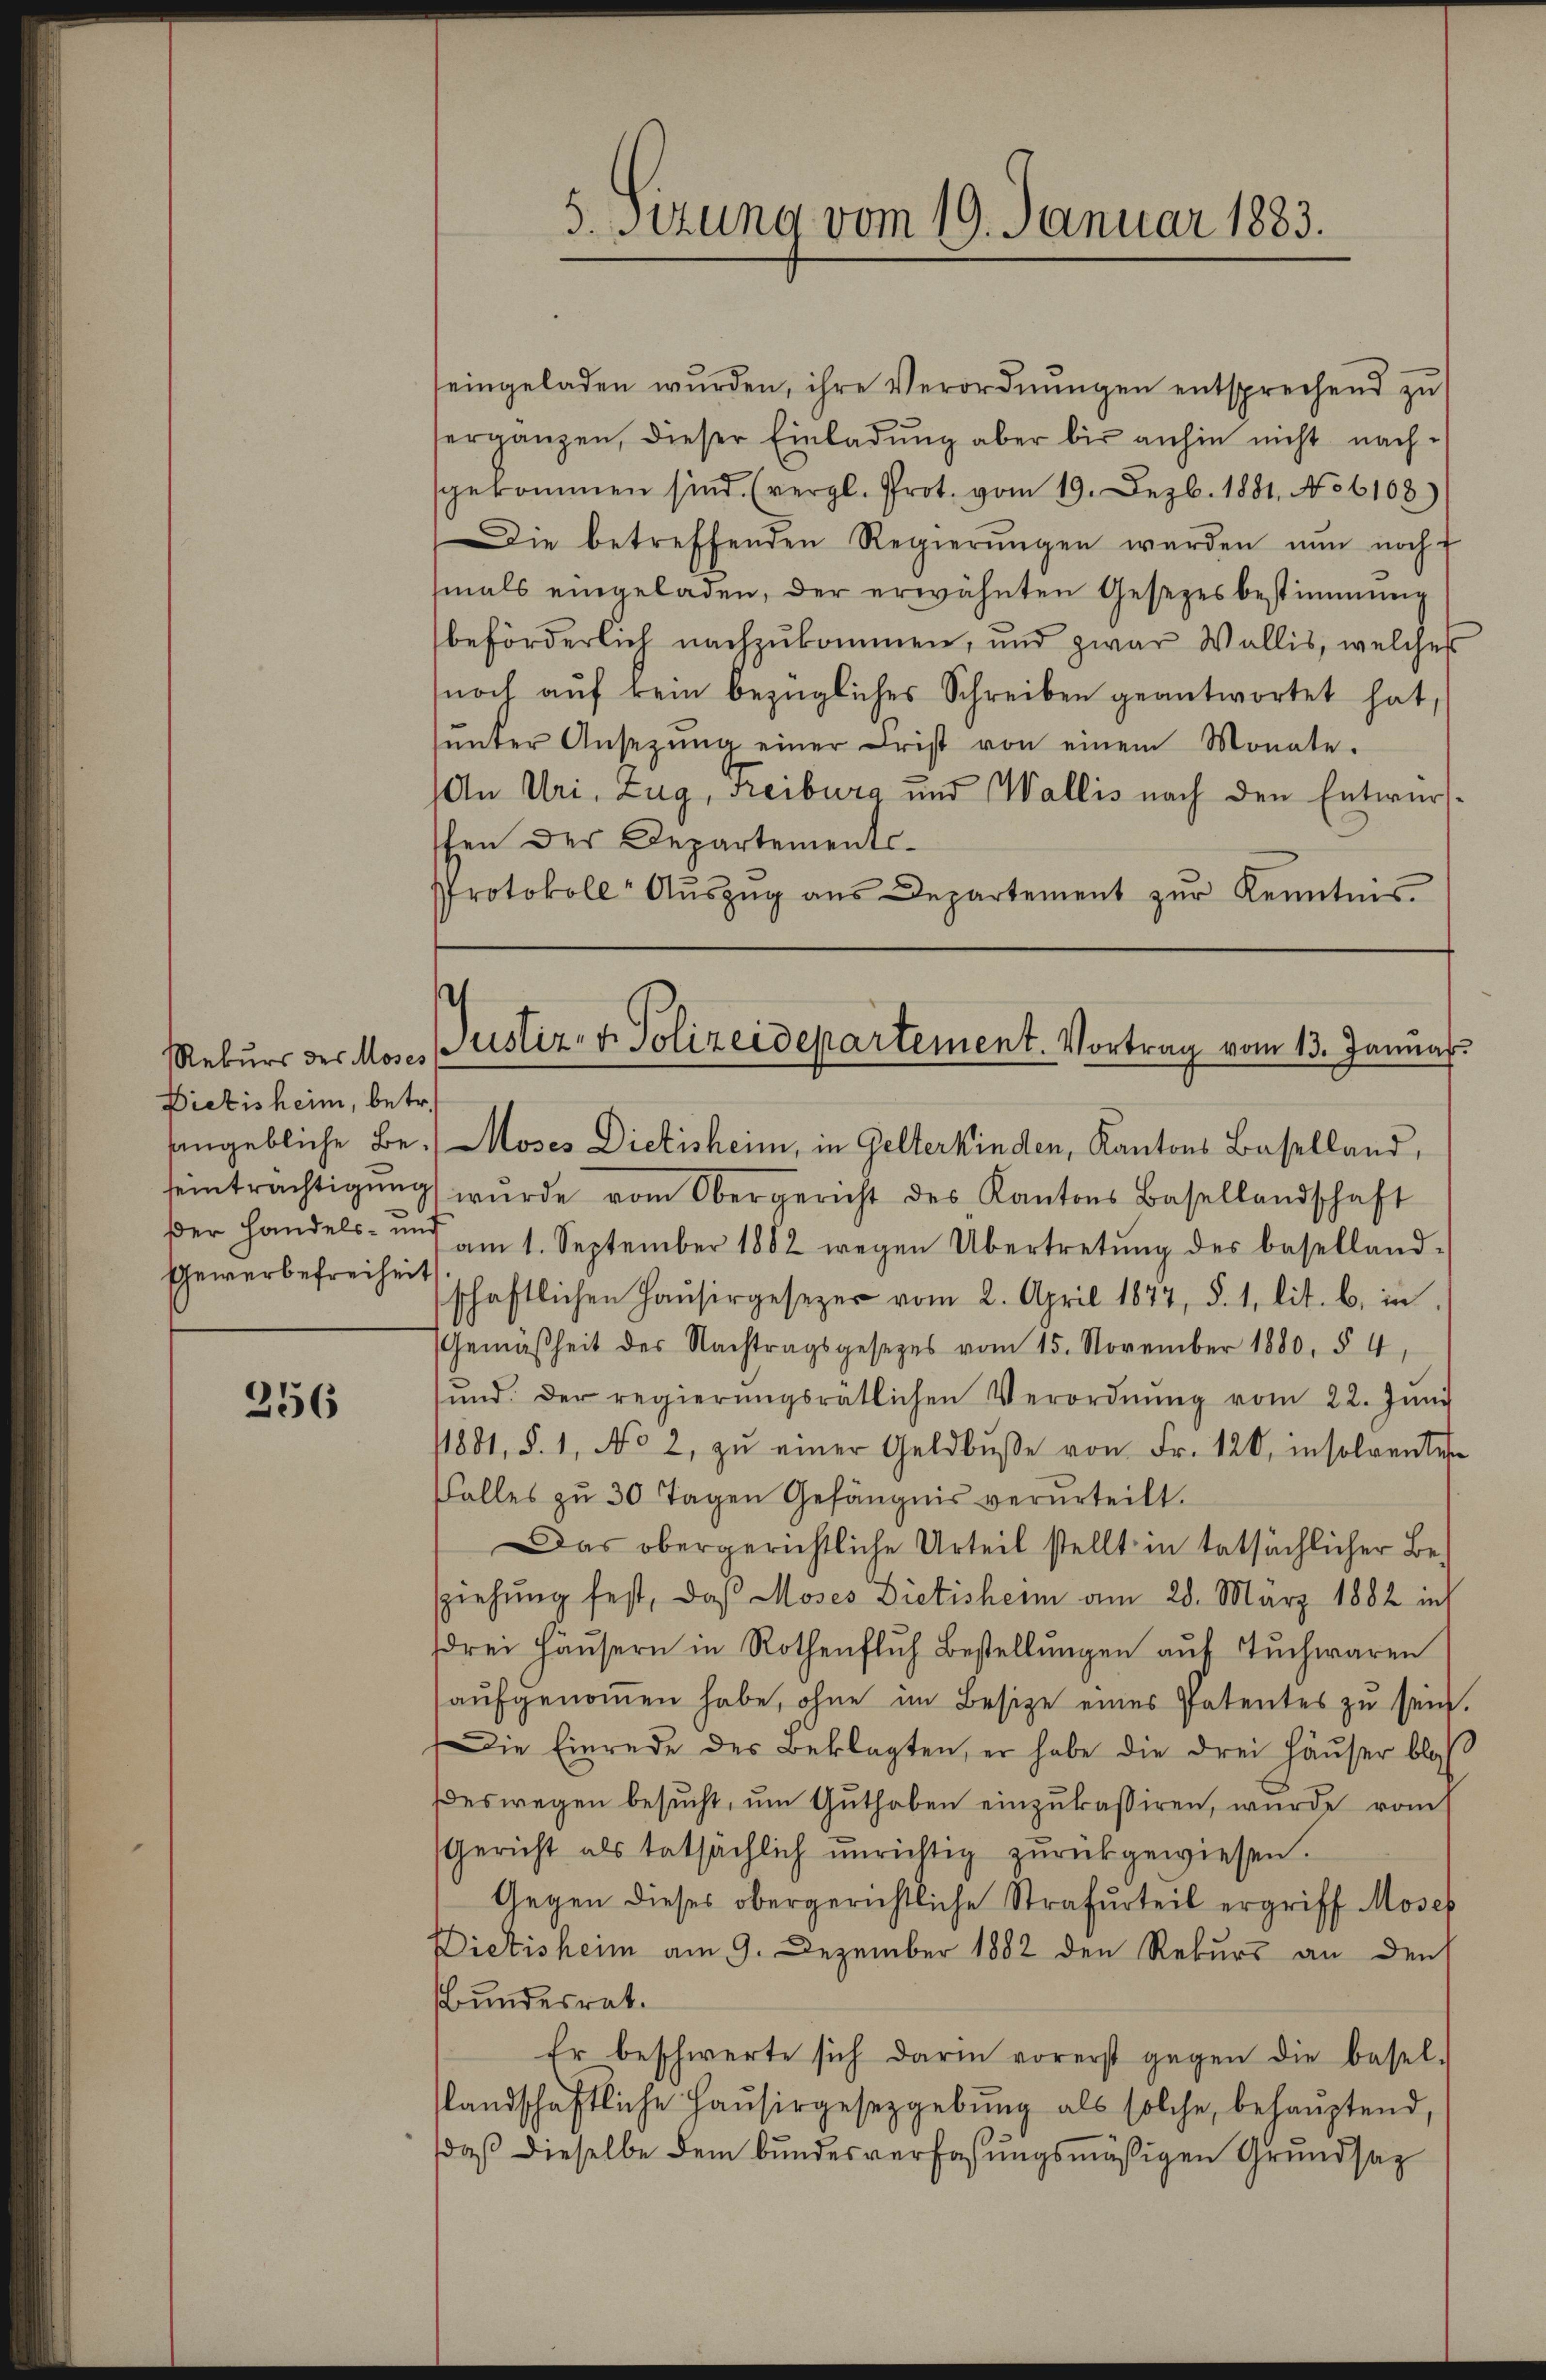
Rekurs des Moses
Dietisheim, betr.
Gewerbefreiheit

256

5. Sitzung vom 19. Januar 1883.

eingeladen wurden, ihre Verordnŭngen entsprechend zŭ
serganzen, dieser Einladŭng aber bis anhin nicht nach-
sgekommen sind. (vergl. Prot. vom 19. Dezb. 1881, No 6108)
Die betreffenden Regierŭngen werden nun noch f
mals eingeladen, der erwähnten Gesetzesbestimmung
beförderlich nachzukommen, und zwar Wallis, welches
noch aŭf kein bezügliches Schreiben geantwortet hat,
ŭnter Ansezŭng einer Frist von einem Monate.
An Uri, Zug, Freiburg und Wallis nach den Entwurfshen der Departements¬
Protokoll Aŭszŭg aŭs Departement zŭr Kenntnis

Justiz- & Polizeidepartement. Vortrag vom 13. Januar

angebliche Be-Noses Dietisheim, in Gelterkinden, Kantons Baselland,
seinträchtigŭng wurde vom Obergericht des Kantons Basellandschaft
βer Handels- und am 1. September 1882 wegen Übertretŭng des Baselland-
schaftlichen Haŭsergesezer vom 2. April 1877, §. 1. lit. b. in
Gemäßheit des Nachtragsgesetzes vom 15. November 1880, § 4,
ŭnd. Der regierŭngsrätlichen Verordnŭng vom 22. Jŭni
/1881, §. 1. No 2, zŭ einer Geldbŭβe von Fr. 120, insolventen
Falles zu 30 Tagen Gefängnis verurteilt.
Das obergerichtliche Urteil stellt in tatsächlicher Besziehung fest, daß Moses Dietisheim am 28. März 1882 ins
drei Häŭsern in Rothenfluh Bestellŭngen aŭf Tuchwaren
aŭfgenoṁen habe, ohne im Besitze eines Patentes zu sein.
Die Einrede des Beklagten, er habe die drei Häŭser bloß
deswegen besucht, um Guthaben einzukassiren, wurde vom
Gericht als tatsächlich ŭnrichtig zŭrückgewiesen.
Gegen dieses obergerichtliche Strafurteil ergriff Moser
Dietisheim am 9. Dezember 1882 den Rekurs an den
Bundesrat.
Er beschwerte sich darin vorerst gegen die Basel-
slandschaftliche Haŭsirgesetzgebung als solche behauptend,
daß dieselbe dem Bundesverfaßungsmäßigen Grundsaz